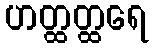
ဟတ္ထတ္ထရေ